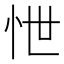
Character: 怈